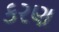
કરણ